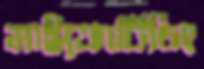
মাইক্রোটিচিং